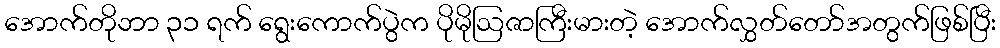
အောက်တိုဘာ ၃၁ ရက် ရွေးကောက်ပွဲက ပိုမိုဩဇာကြီးမားတဲ့ အောက်လွှတ်တော်အတွက်ဖြစ်ပြီး